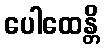
ပေါထေန္တိ